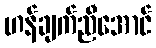
ဟန်ချက်ညီအောင်